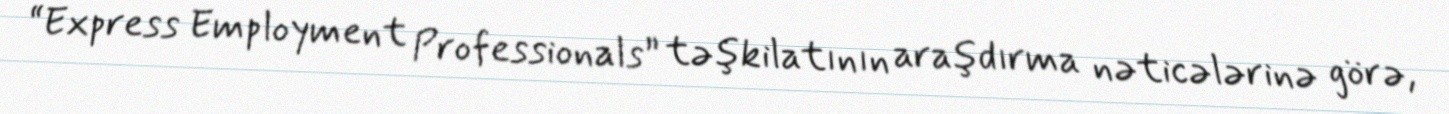
“Express Employment Professionals” təşkilatının araşdırma nəticələrinə görə,